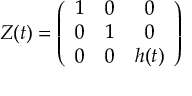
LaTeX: K _ { q } = \frac { 1 } { \overline { { n } } ^ { q } ( s ) } \left. \frac { \partial ^ { q } \ln G } { \partial z ^ { q } } \right| _ { z = 0 } .